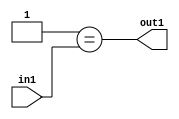
`timescale 1ps / 1ps
/*****************************************************************************
    Verilog RTL Description
    
    
    Created by: Stratus DpOpt 2019.1.01 
*******************************************************************************/

module cache_Eqi1u8_4_2 (
	in1,
	out1
	); /* architecture "behavioural" */ 
input [7:0] in1;
output  out1;
wire  asc001;

assign asc001 = (13'B0000000000001==in1);

assign out1 = asc001;
endmodule

/* CADENCE  urX0SQs= : u9/ySgnWtBlWxVPRXgAZ4Og= ** DO NOT EDIT THIS LINE ******/